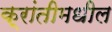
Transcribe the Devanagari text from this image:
क्रांतीमधील